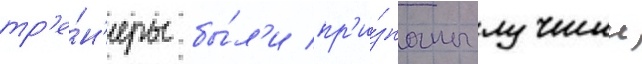
тр'е́н'еры бы́л'и пр'и́знаны лучшии